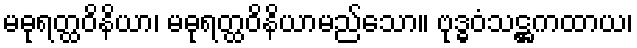
မဓုရတ္ထဝိနိယာ၊ မဓုရတ္ထဝိနိယာမည်သော။ ဗုဒ္ဓဝံသဋ္ဌကထာယ၊